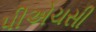
પીએચસી